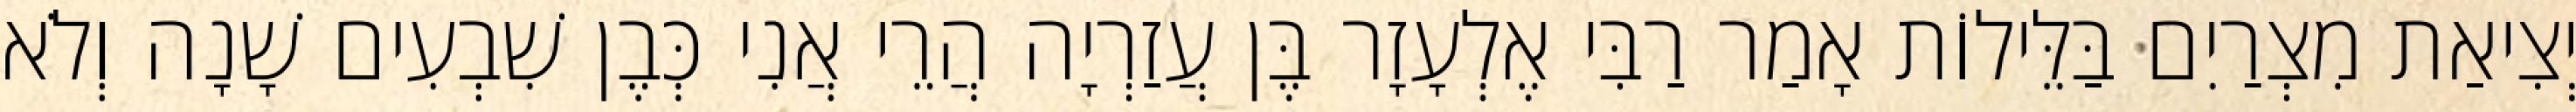
יְצִיאַת מִצְרַיִם בַּלֵּילוֹת אָמַר רַבִּי אֶלְעָזָר בֶּן עֲזַרְיָה הֲרֵי אֲנִי כְּבֶן שִׁבְעִים שָׁנָה וְלֹא